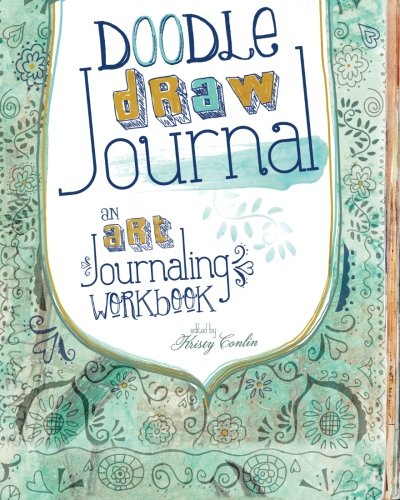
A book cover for Doodle, Draw, Journal: An Art Journaling Workbook (Art Journal Workbook); Crafts, Hobbies & Home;